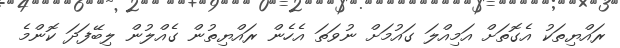
ރައްޔިތަކު އެގޮތަށް އަމިއްލަ ގައުމަށް ނުވަތަ އެހެން ރައްޔިތުން ގެއްލުން ލިބޭފަދަ ކޮންމެ